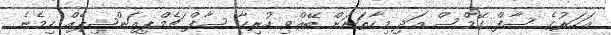
އަހަރުގެ ސާފް ގޭމްސް އަދި މިހާތަނަށް ބޭއްވި ހުރިހާ ސާފް ޗެމްޕިއަންޝިޕެއް ހިމެނެ